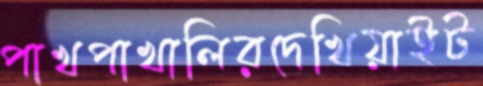
পাখপাখালিরদেখিয়াইট